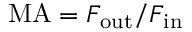
\mathrm { M A } = F _ { \mathrm { o u t } } / F _ { \mathrm { i n } }